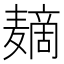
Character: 𱋪